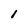
Character: 1